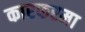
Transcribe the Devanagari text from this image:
कारफरमा